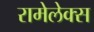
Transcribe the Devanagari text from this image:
रामेलेक्स